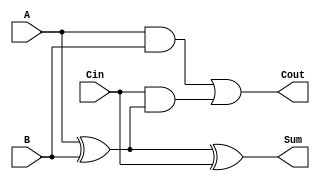
module LowPowerFullAdder (
    input wire A,     // First input bit
    input wire B,     // Second input bit
    input wire Cin,   // Carry-in bit
    output wire Sum,  // Resulting sum bit
    output wire Cout   // Carry-out bit
);

// Internal signals
wire AxorB;          // Intermediate XOR result
wire AandB;          // AND of A and B
wire CinAndAxorB;    // AND of Cin and (A XOR B)

// Compute Sum using XOR gates
assign AxorB = A ^ B;         // A XOR B
assign Sum = AxorB ^ Cin;     // (A XOR B) XOR Cin

// Compute Cout using AND and OR gates
assign AandB = A & B;         // A AND B
assign CinAndAxorB = Cin & AxorB; // Cin AND (A XOR B)
assign Cout = AandB | CinAndAxorB; // (A AND B) OR (Cin AND (A XOR B))

endmodule